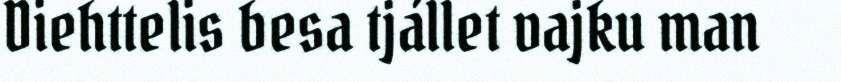
Diehttelis besa tjállet vajku man